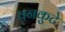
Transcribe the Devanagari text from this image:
वनकुटे